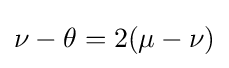
\nu -\theta =2(\mu -\nu )